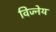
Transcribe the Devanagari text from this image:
विज्नेय